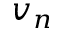
v _ { n }